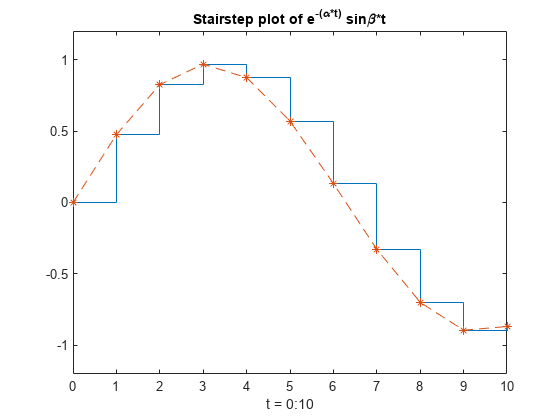
matlab, stairs, plot